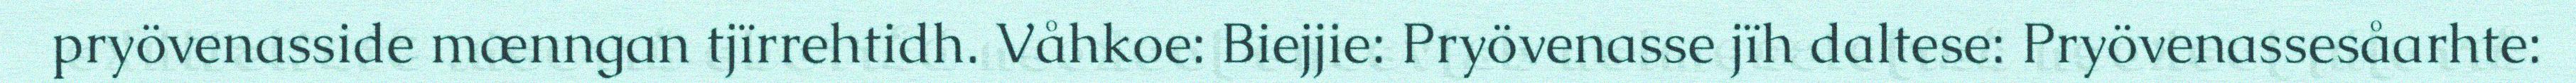
pryövenasside mænngan tjïrrehtidh. Våhkoe: Biejjie: Pryövenasse jïh daltese: Pryövenassesåarhte: